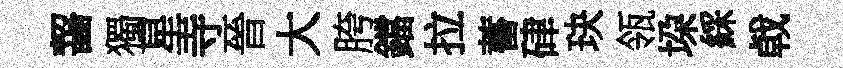
齧獨星寺晉大胯鐺拉蓄硉玦瓴垜綵㦸